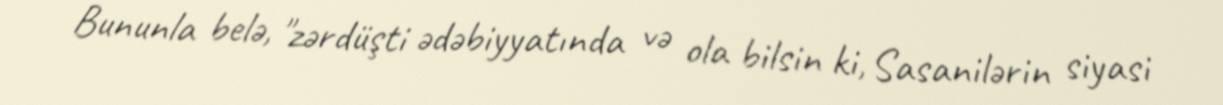
Bununla belə, "zərdüşti ədəbiyyatında və ola bilsin ki, Sasanilərin siyasi